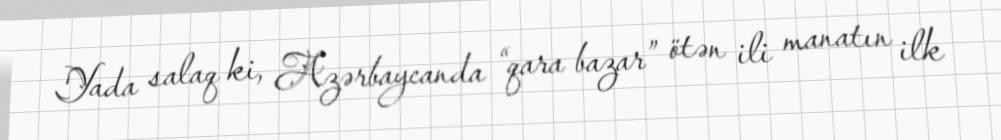
Yada salaq ki, Azərbaycanda “qara bazar” ötən ili manatın ilk